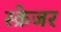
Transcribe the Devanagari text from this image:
स्क्रेजर